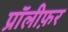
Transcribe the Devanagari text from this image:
प्रॉलीफ़र